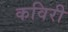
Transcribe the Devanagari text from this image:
कविरी